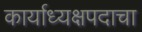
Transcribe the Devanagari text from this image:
कार्याध्यक्षपदाचा